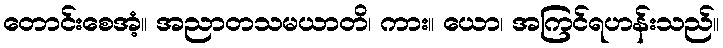
တောင်းစေအံ့။ အညာတသမယာတိ၊ ကား။ ယော၊ အကြင်ရဟန်းသည်။